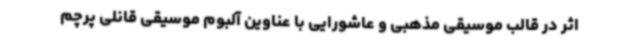
اثر در قالب موسیقی مذهبی و عاشورایی با عناوین آلبوم موسیقی قانلی پرچم